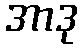
အာဒု